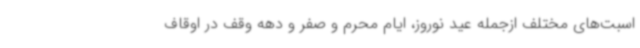
اسبت‌های مختلف ازجمله عید نوروز، ایام محرم و صفر و دهه وقف در اوقاف